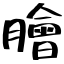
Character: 膾